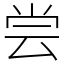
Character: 尝